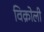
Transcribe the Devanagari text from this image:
विक्रोली